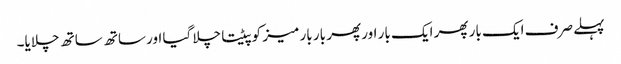
پہلے صرف ایک بار پھر ایک بار اور پھر بار بار میز کو پیٹتا چلا گیا اور ساتھ ساتھ چلایا۔